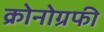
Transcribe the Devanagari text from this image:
क्रोनोग्रफी